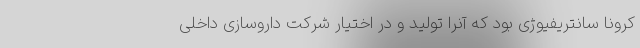
کرونا سانتریفیوژی بود که آنرا تولید و در اختیار شرکت داروسازی داخلی